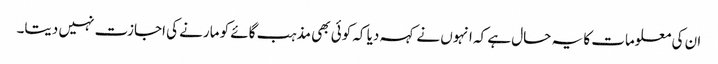
ان کی معلومات کا یہ حال ہے کہ انہوں نے کہہ دیا کہ کوئی بھی مذہب گائے کو مارنے کی اجازت نہیں دیتا۔